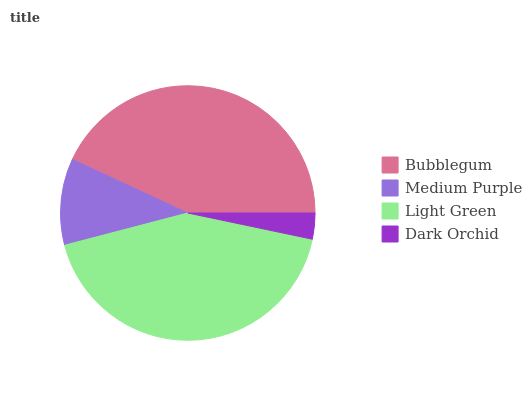
| Bubblegum | Medium Purple | Light Green | Dark Orchid |
 | --- | --- | --- | --- |
 | 43.1% | 11% | 42.6% | 3.29% |